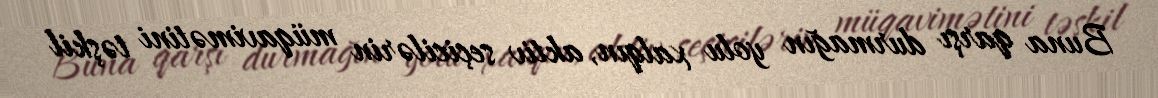
Buna qarşı durmağın yolu xalqın, aktiv seçicilərin müqavimətini təşkil